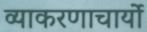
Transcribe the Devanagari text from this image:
व्याकरणाचार्यो